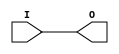
`ifdef verilator3
`else
`timescale 1 ps / 1 ps
`endif
//
// BUFG primitive for Xilinx FPGAs
// Compatible with Verilator tool (www.veripool.org)
// Copyright (c) 2019-2022 Frdric REQUIN
// License : BSD
//

/*verilator coverage_off*/
module BUFG
(
    input  I,
    output O /* verilator clocker */
);

    assign O = I;

endmodule
/*verilator coverage_on*/